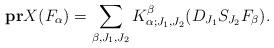
LaTeX: \begin{align*}\bold{pr}X(F_{\alpha})=\sum_{\beta,J_1,J_2}K^{\beta}_{\alpha;J_1,J_2}(D_{J_1}S_{J_2}F_{\beta}).\end{align*}